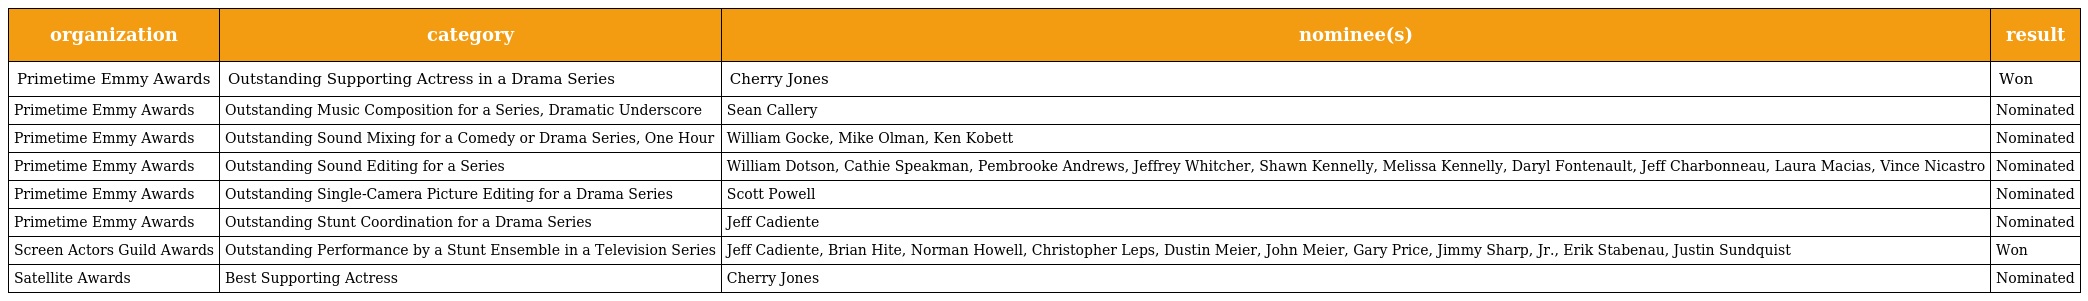
| organization | category | nominee(s) | result |
 | --- | --- | --- | --- |
 | Primetime Emmy Awards | Outstanding Supporting Actress in a Drama Series | Cherry Jones | Won |
 | Primetime Emmy Awards | Outstanding Music Composition for a Series, Dramatic Underscore | Sean Callery | Nominated |
 | Primetime Emmy Awards | Outstanding Sound Mixing for a Comedy or Drama Series, One Hour | William Gocke, Mike Olman, Ken Kobett | Nominated |
 | Primetime Emmy Awards | Outstanding Sound Editing for a Series | William Dotson, Cathie Speakman, Pembrooke Andrews, Jeffrey Whitcher, Shawn Kennelly, Melissa Kennelly, Daryl Fontenault, Jeff Charbonneau, Laura Macias, Vince Nicastro | Nominated |
 | Primetime Emmy Awards | Outstanding Single-Camera Picture Editing for a Drama Series | Scott Powell | Nominated |
 | Primetime Emmy Awards | Outstanding Stunt Coordination for a Drama Series | Jeff Cadiente | Nominated |
 | Screen Actors Guild Awards | Outstanding Performance by a Stunt Ensemble in a Television Series | Jeff Cadiente, Brian Hite, Norman Howell, Christopher Leps, Dustin Meier, John Meier, Gary Price, Jimmy Sharp, Jr., Erik Stabenau, Justin Sundquist | Won |
 | Satellite Awards | Best Supporting Actress | Cherry Jones | Nominated |